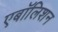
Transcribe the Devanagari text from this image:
एबॉलिशन